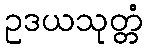
ဥဒယသုတ္တံ